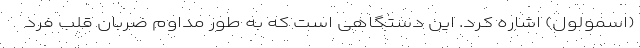
(اسمولول) اشاره کرد. این دستگاهی است که به طور مداوم ضربان قلب فرد